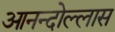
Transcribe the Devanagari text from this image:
आनन्दोल्लास